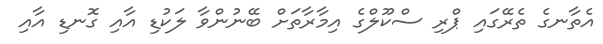
އެތާނގެ ތެރޭގައި ޕްރި ސްކޫލްގެ އިމާރާތަށް ބޭނުންވާ ލަކުޑި އާއި ގޮނޑި އާއި